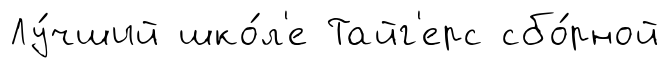
Лу́чший шко́л'е Тайг'ерс сбо́рной